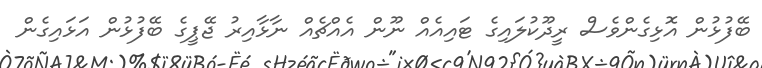
ބޭފުޅުން އޮޅިގެންވެސް ރީދޫކުލައިގެ ޓައިއެއް ނޫން އެއްޗެއް ނާޅާއިރު ޖޭޕީގެ ބޭފުޅުން އަޅައިގެން